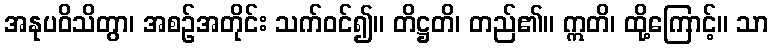
အနုပဝိသိတွာ၊ အစဉ်အတိုင်း သက်ဝင်၍။ တိဋ္ဌတိ၊ တည်၏။ ဣတိ၊ ထို့ကြောင့်။ သာ